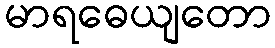
မာရဓေယျတော